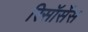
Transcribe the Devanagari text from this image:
रिसॉर्सेस